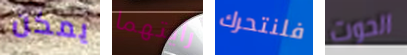
يمكن رأيتهما فلنتحرك الحوت